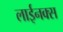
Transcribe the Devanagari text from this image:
लाईनक्स